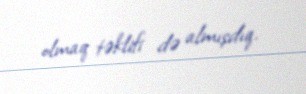
olmaq təklifi də almışdıq.